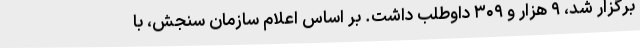
برگزار شد، ۹ هزار و ۳۰۹ داوطلب داشت. بر اساس اعلام سازمان سنجش، با